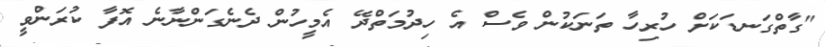
"ގާތްގަނޑަކަށް ހުރިހާ ތަނަކުން ވެސް އެ ހިދުމަތްދޭ އެމީހުން ދެނެގަންނާނެ އޮފާ ކުރަންވީ